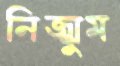
নিজ্‌ঝুম